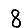
Digit: 8